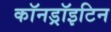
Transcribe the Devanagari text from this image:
कॉनड्रॉइटिन